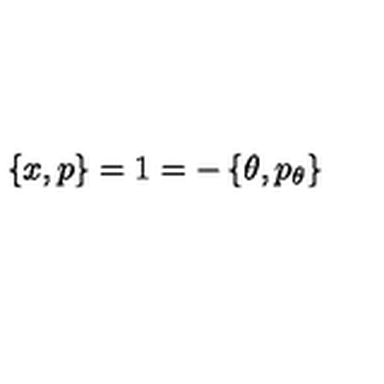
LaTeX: \left\{ x , p \right\} = 1 = - \left\{ \theta , p _ { \theta } \right\}